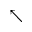
\nwarrow